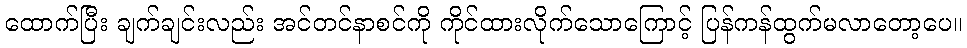
ထောက်ပြီး ချက်ချင်းလည်း အင်တင်နာစင်ကို ကိုင်ထားလိုက်သောကြောင့် ပြန်ကန်ထွက်မလာတော့ပေ။